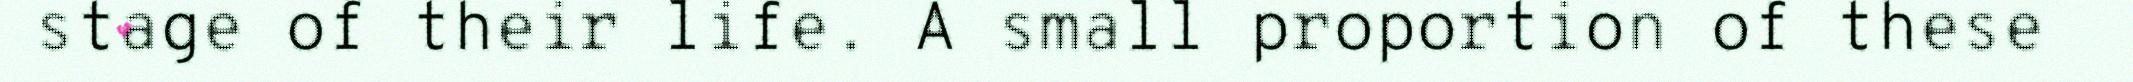
stage of their life. A small proportion of these